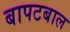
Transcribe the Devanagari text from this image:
बापटबाल